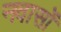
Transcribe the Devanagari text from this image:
नवासों